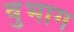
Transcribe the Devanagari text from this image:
वुभाग